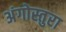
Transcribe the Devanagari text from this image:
अंगोस्तुरा